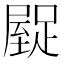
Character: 𮛿